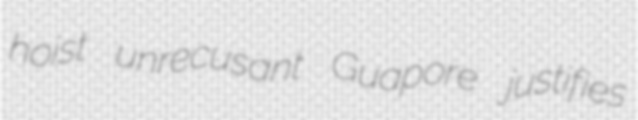
hoist unrecusant Guapore justifies